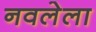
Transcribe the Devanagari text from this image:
नवलेला